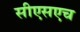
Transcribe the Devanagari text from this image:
सीएसएच